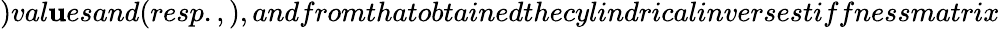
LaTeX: )val\mathbf{u}esand(resp.,),andfromthatobtainedthecylindricalinversestiffnessmatrix